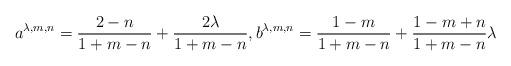
LaTeX: \begin{align*} a^{\lambda,m,n}= \frac{2-n}{1+m-n} + \frac{2 \lambda}{1+m-n}, b^{\lambda,m,n}= \frac{1-m}{1+m-n} + \frac{1-m+n}{1+m-n} \lambda\end{align*}